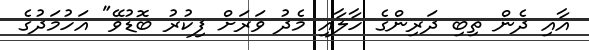
އާއި ދެން ތިބި ދަރިންގެ ހާލާއި މެދު ވަރަށް ފިކުރު ބޮޑުވޭ" އަހުމަދުގެ